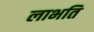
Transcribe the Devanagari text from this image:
लाभति